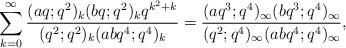
LaTeX: \begin{align*}\sum_{k=0}^\infty \frac{(aq;q^2)_k(bq;q^2)_kq^{k^2+k}}{(q^2;q^2)_k(abq^4;q^4)_k} =\frac{(aq^3;q^4)_\infty(bq^3;q^4)_\infty}{(q^2;q^4)_\infty (abq^4;q^4)_\infty},\end{align*}